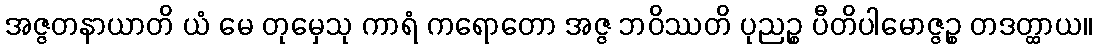
အဇ္ဇတနာယာတိ ယံ မေ တုမှေသု ကာရံ ကရောတော အဇ္ဇ ဘဝိဿတိ ပုညဉ္စ ပီတိပါမောဇ္ဇဉ္စ တဒတ္ထာယ။